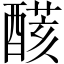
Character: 𨢟